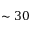
\sim 3 0